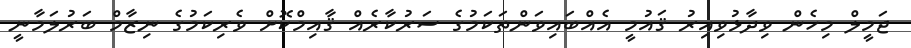
ޖަމީލް މިހެން ވިދާޅުވިއިރު ޤައުމީ އެއްބައިވަންތަކަމުގެ ސަރުކާރެއް ޤާއިމްކޮށް ވެރިކަމުގެ ނިޒާމް ބަރުލަމާނީ